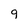
Character: 9